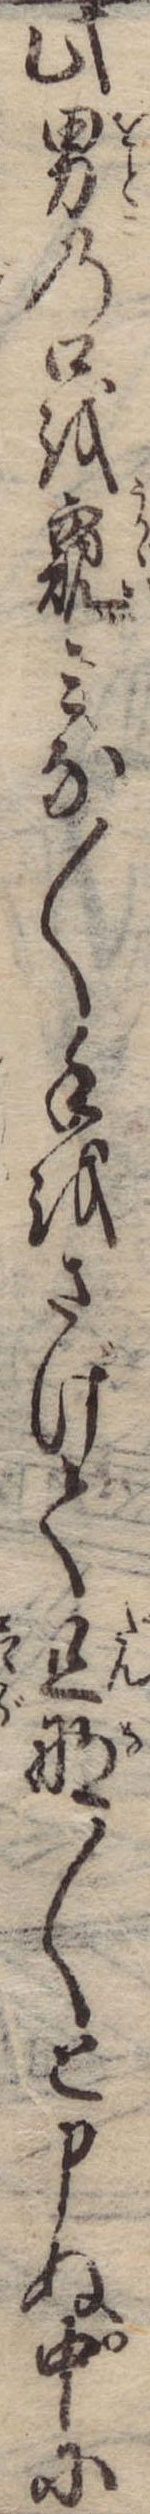
此男の口を窺みな〱手をさげて旦那〱と申ぬ中に